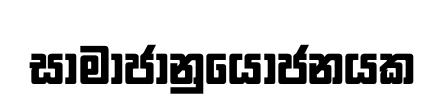
සාමාජානුයෝජනයක